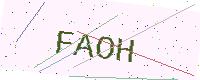
Text: FAOH